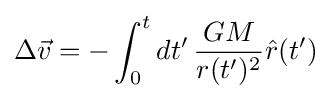
\Delta {\vec {v}}=-\int _{0}^{t}dt'\,{\frac {GM}{r(t')^{2}}}{\hat {r}}(t')